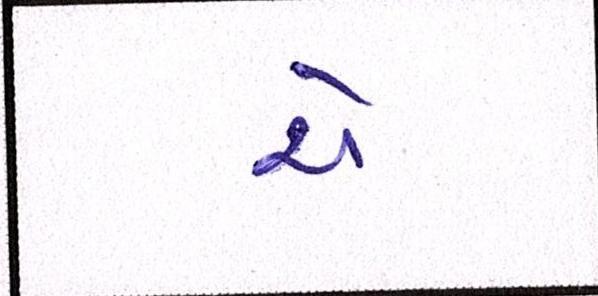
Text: ચે